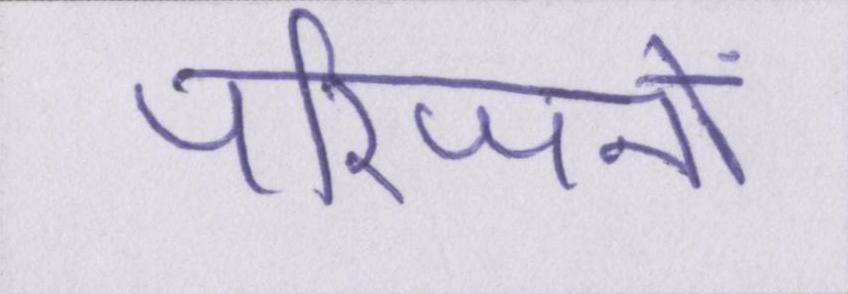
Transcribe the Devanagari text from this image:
परिजनों